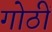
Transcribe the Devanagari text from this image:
गोठीं